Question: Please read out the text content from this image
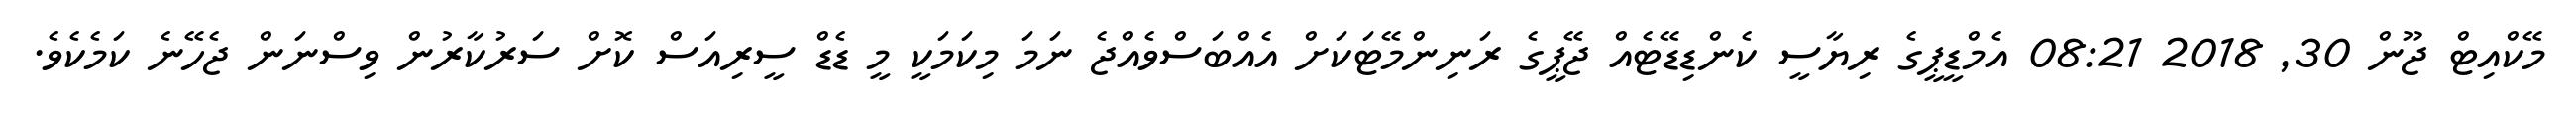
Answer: މޭކްއިޓް ޖޫން 30, 2018 08:21 އެމްޑީޕީގެ ރިޔާސީ ކެންޑިޑޭޓެއް ޖޭޕީގެ ރަނިންމޭޓަކަށް އެއްބަސްވެއްޖެ ނަމަ މިކަމަކީ މީ ޑެޑް ސީރިއަސް ކޮށް ސަރުކާރުން ވިސްނަން ޖެހޭނެ ކަމެކެވެ.